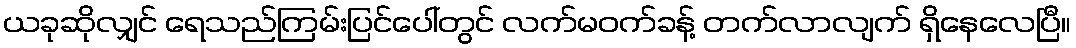
ယခုဆိုလျှင် ရေသည်ကြမ်းပြင်ပေါ်တွင် လက်မဝက်ခန့် တက်လာလျက် ရှိနေလေပြီ။